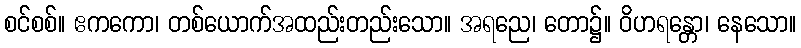
စင်စစ်။ ဧကကော၊ တစ်ယောက်အထည်းတည်းသော။ အရညေ၊ တော၌။ ဝိဟရန္တော၊ နေသော။